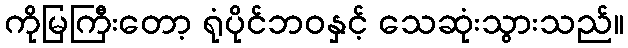
ကိုမြကြီးတော့ ရုံပိုင်ဘဝနှင့် သေဆုံးသွားသည်။